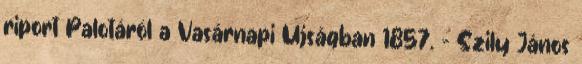
riport Palotáról a Vasárnapi Ujságban 1857. – Szily János